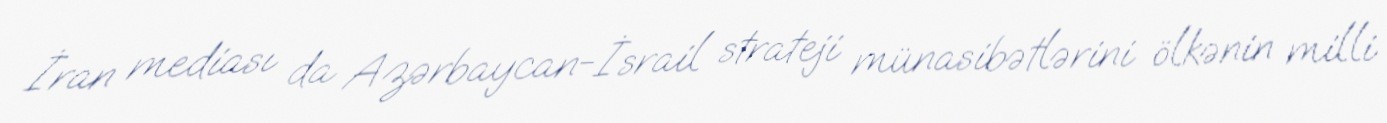
İran mediası da Azərbaycan-İsrail strateji münasibətlərini ölkənin milli